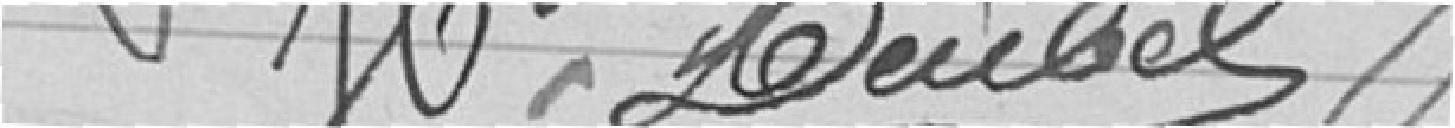
Deubel